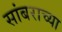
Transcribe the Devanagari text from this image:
सांबराच्या